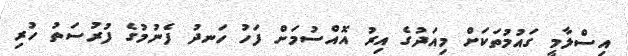
އިސްލާމީ ގައުމުތަކަށް މިއަދުގެ އިރު އޮއްސުމަށް ފަހު ހަނދު ފެނުމުގެ ފުރުސަތު ހުރި